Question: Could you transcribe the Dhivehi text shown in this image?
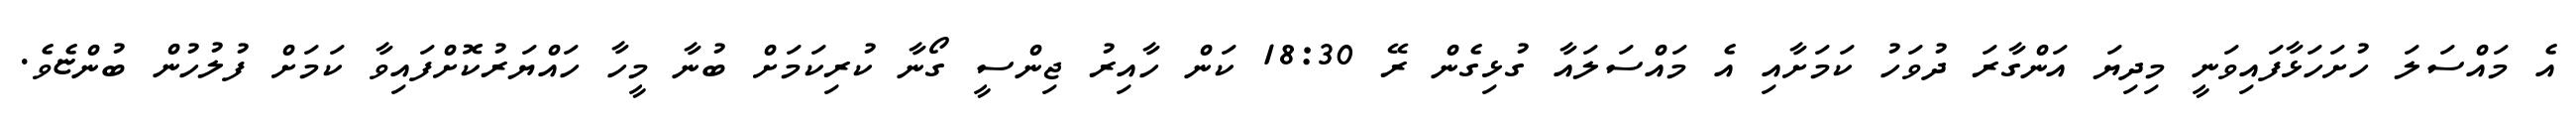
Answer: އެ މައްސަލަ ހުށަހަޅާފައިވަނީ މިދިޔަ އަންގާރަ ދުވަހު ކަމަށާއި އެ މައްސަލައާ ގުޅިގެން ރޭ 18:30 ކަން ހާއިރު ޖިންސީ ގޯނާ ކުރިކަމަށް ބުނާ މީހާ ހައްޔަރުކޮށްފައިވާ ކަމަށް ފުލުހުން ބުންޏެވެ.